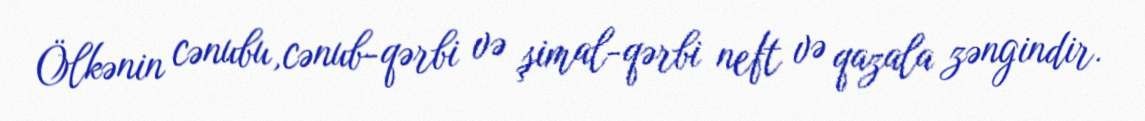
Ölkənin cənubu,cənub-qərbi və şimal-qərbi neft və qazala zəngindir.